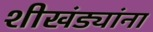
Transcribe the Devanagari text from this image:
शीखंड्यांना